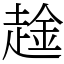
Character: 趛